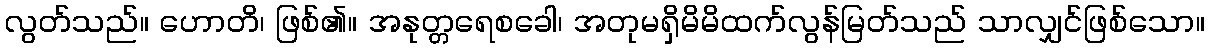
လွတ်သည်။ ဟောတိ၊ ဖြစ်၏။ အနုတ္တရေစခေါ၊ အတုမရှိမိမိထက်လွန်မြတ်သည် သာလျှင်ဖြစ်သော။